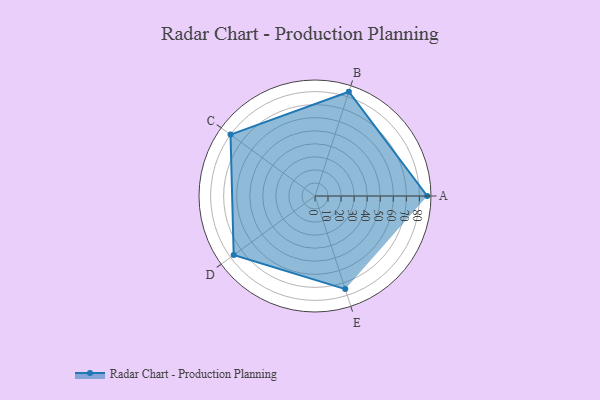
{"axis": {"x": "Skill", "y": "Score"}, "legend": ["Profile"], "data": [{"x": "A", "y": 86.0, "type": "Profile"}, {"x": "B", "y": 84.0, "type": "Profile"}, {"x": "C", "y": 80.0, "type": "Profile"}, {"x": "D", "y": 77.0, "type": "Profile"}, {"x": "E", "y": 75.0, "type": "Profile"}]}